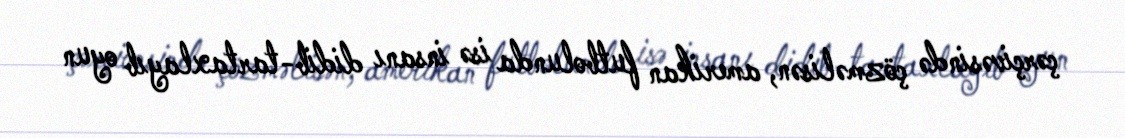
çərçivəsində çözməlisən, amerikan futbolunda isə insanı didib-tartaxlayıb oyun